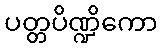
ပတ္တပိဏ္ဍိကော